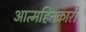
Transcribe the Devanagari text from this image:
आत्महितकारी